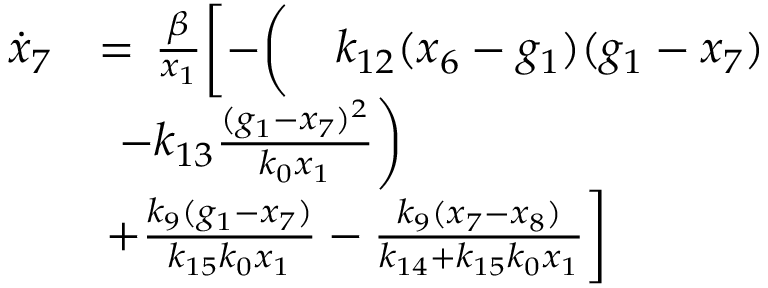
\begin{array} { r l } { \Dot { x } _ { 7 } } & { = \, \frac { \beta } { x _ { 1 } } \biggl [ - \biggl ( \quad k _ { 1 2 } ( x _ { 6 } - g _ { 1 } ) ( g _ { 1 } - x _ { 7 } ) } \\ & { \, \; - k _ { 1 3 } \frac { ( g _ { 1 } - x _ { 7 } ) ^ { 2 } } { k _ { 0 } x _ { 1 } } \biggr ) } \\ & { \, + \frac { k _ { 9 } ( g _ { 1 } - x _ { 7 } ) } { k _ { 1 5 } k _ { 0 } x _ { 1 } } - \frac { k _ { 9 } ( x _ { 7 } - x _ { 8 } ) } { k _ { 1 4 } + k _ { 1 5 } k _ { 0 } x _ { 1 } } \biggr ] } \end{array}